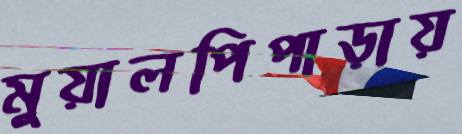
মুয়ালপিপাড়ায়